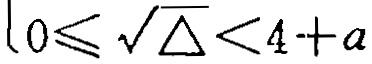
\(0\leqslant \sqrt{\triangle}<4 + a\)